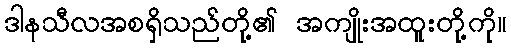
ဒါနသီလအစရှိသည်တို့၏ အကျိုးအထူးတို့ကို။